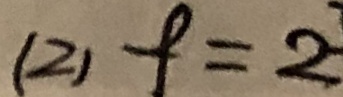
( 2 ) f = 2